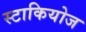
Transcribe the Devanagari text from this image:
स्टाकियोज